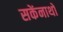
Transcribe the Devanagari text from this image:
सकेंनाथों